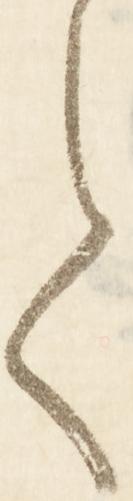
て